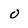
Character: o